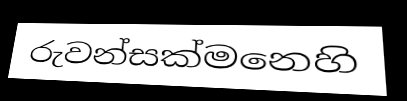
රුවන්සක්මනෙහි